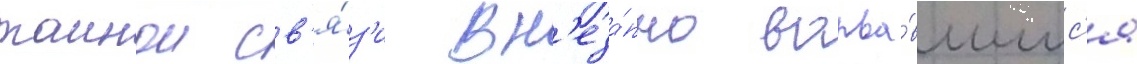
таинои св'я́з'и вн'еза́пно ворва́вшимс'я